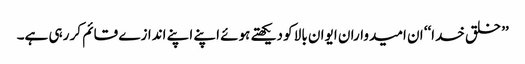
’’خلق خدا‘‘ ان امیدواران ایوان بالا کو دیکھتے ہوئے اپنے اپنے اندازے قائم کر رہی ہے۔